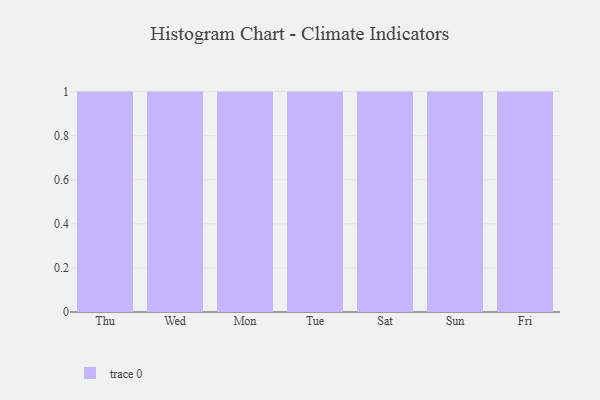
{"axis": {"x": "Day", "y": "Waste Production (Tons)"}, "legend": [""], "data": [{"x": "Thu", "y": 97, "type": ""}, {"x": "Wed", "y": 56, "type": ""}, {"x": "Mon", "y": 39, "type": ""}, {"x": "Tue", "y": 8, "type": ""}, {"x": "Sat", "y": 9, "type": ""}, {"x": "Sun", "y": 10, "type": ""}, {"x": "Fri", "y": 7, "type": ""}]}